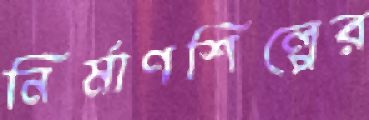
নির্মাণশিল্পের